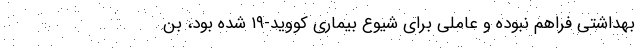
بهداشتی فراهم نبوده و عاملی برای شیوع بیماری کووید-۱۹ شده بود، بن